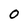
Character: O